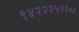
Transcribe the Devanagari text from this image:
९४२२२५२२०८